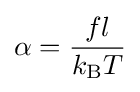
\alpha ={\frac {fl}{k_{\text{B}}T}}